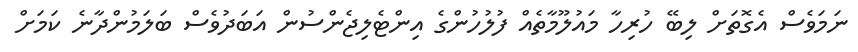
ނަމަވެސް އެގޮތަށް ލިބޭ ހުރިހާ މައުލޫމާތެއް ފުލުހުންގެ އިންޓެލިޖެންސުން އަބަދުވެސް ބަލަމުންދާނެ ކަމަށް